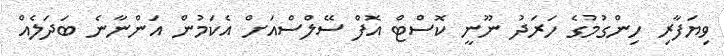
ވިޔަފާރި ހިންގުމުގެ ހަރަދު ނޫނީ ކޮސްޓް އޮފް ސޭލްސްއަށް އެކަމުން އަންނާނެ ބަދަލެއް